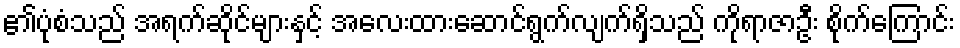
၏ပုံစံသည် အရက်ဆိုင်များနှင့် အလေးထားဆောင်ရွက်လျက်ရှိသည် ကိုရာဇာဦး စိုက်ကြောင်း